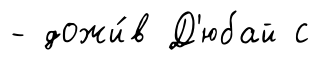
- дожи́в Д'юбай с